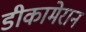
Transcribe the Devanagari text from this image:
डीकामेरान